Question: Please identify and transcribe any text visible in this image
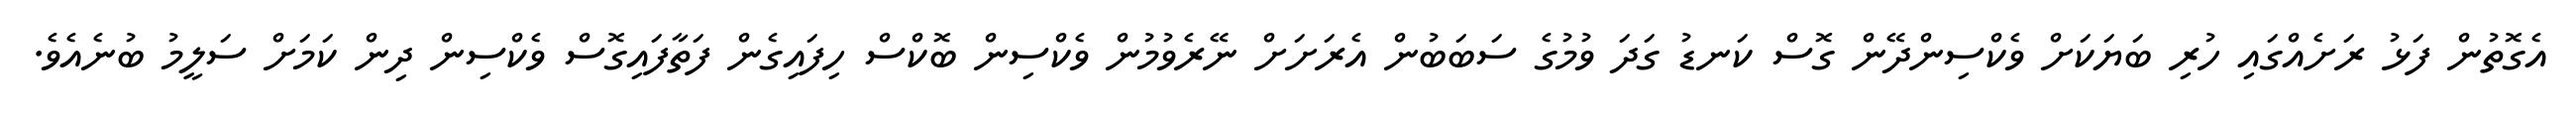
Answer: އެގޮތުން ފަޅު ރަށެއްގައި ހުރި ބަޔަކަށް ވެކްސިންދޭން ގޮސް ކަނޑު ގަދަ ވުމުގެ ސަބަބުން އެރަށަށް ނޭރެވުމުން ވެކްސިން ބޮކްސް ހިފައިގެން ފަތާފައިގޮސް ވެކްސިން ދިން ކަމަށް ސަލީމު ބުނެއެވެ.